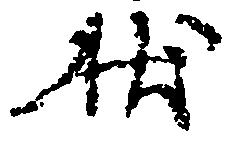
状